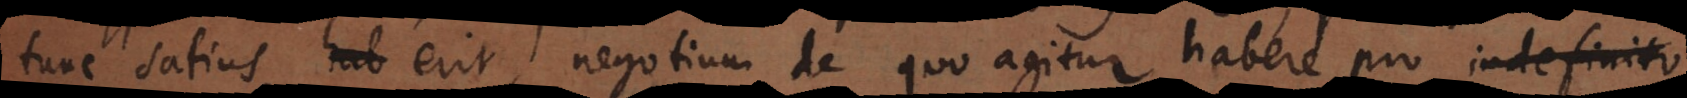
tunc satius erit, negotium de quo agitur habere pro indefinito